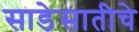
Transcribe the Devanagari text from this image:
साडेसातीचे